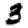
Digit: 3